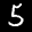
Label: 5